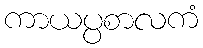
ကာယပ္ပစာလကံ